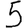
Digit: 5